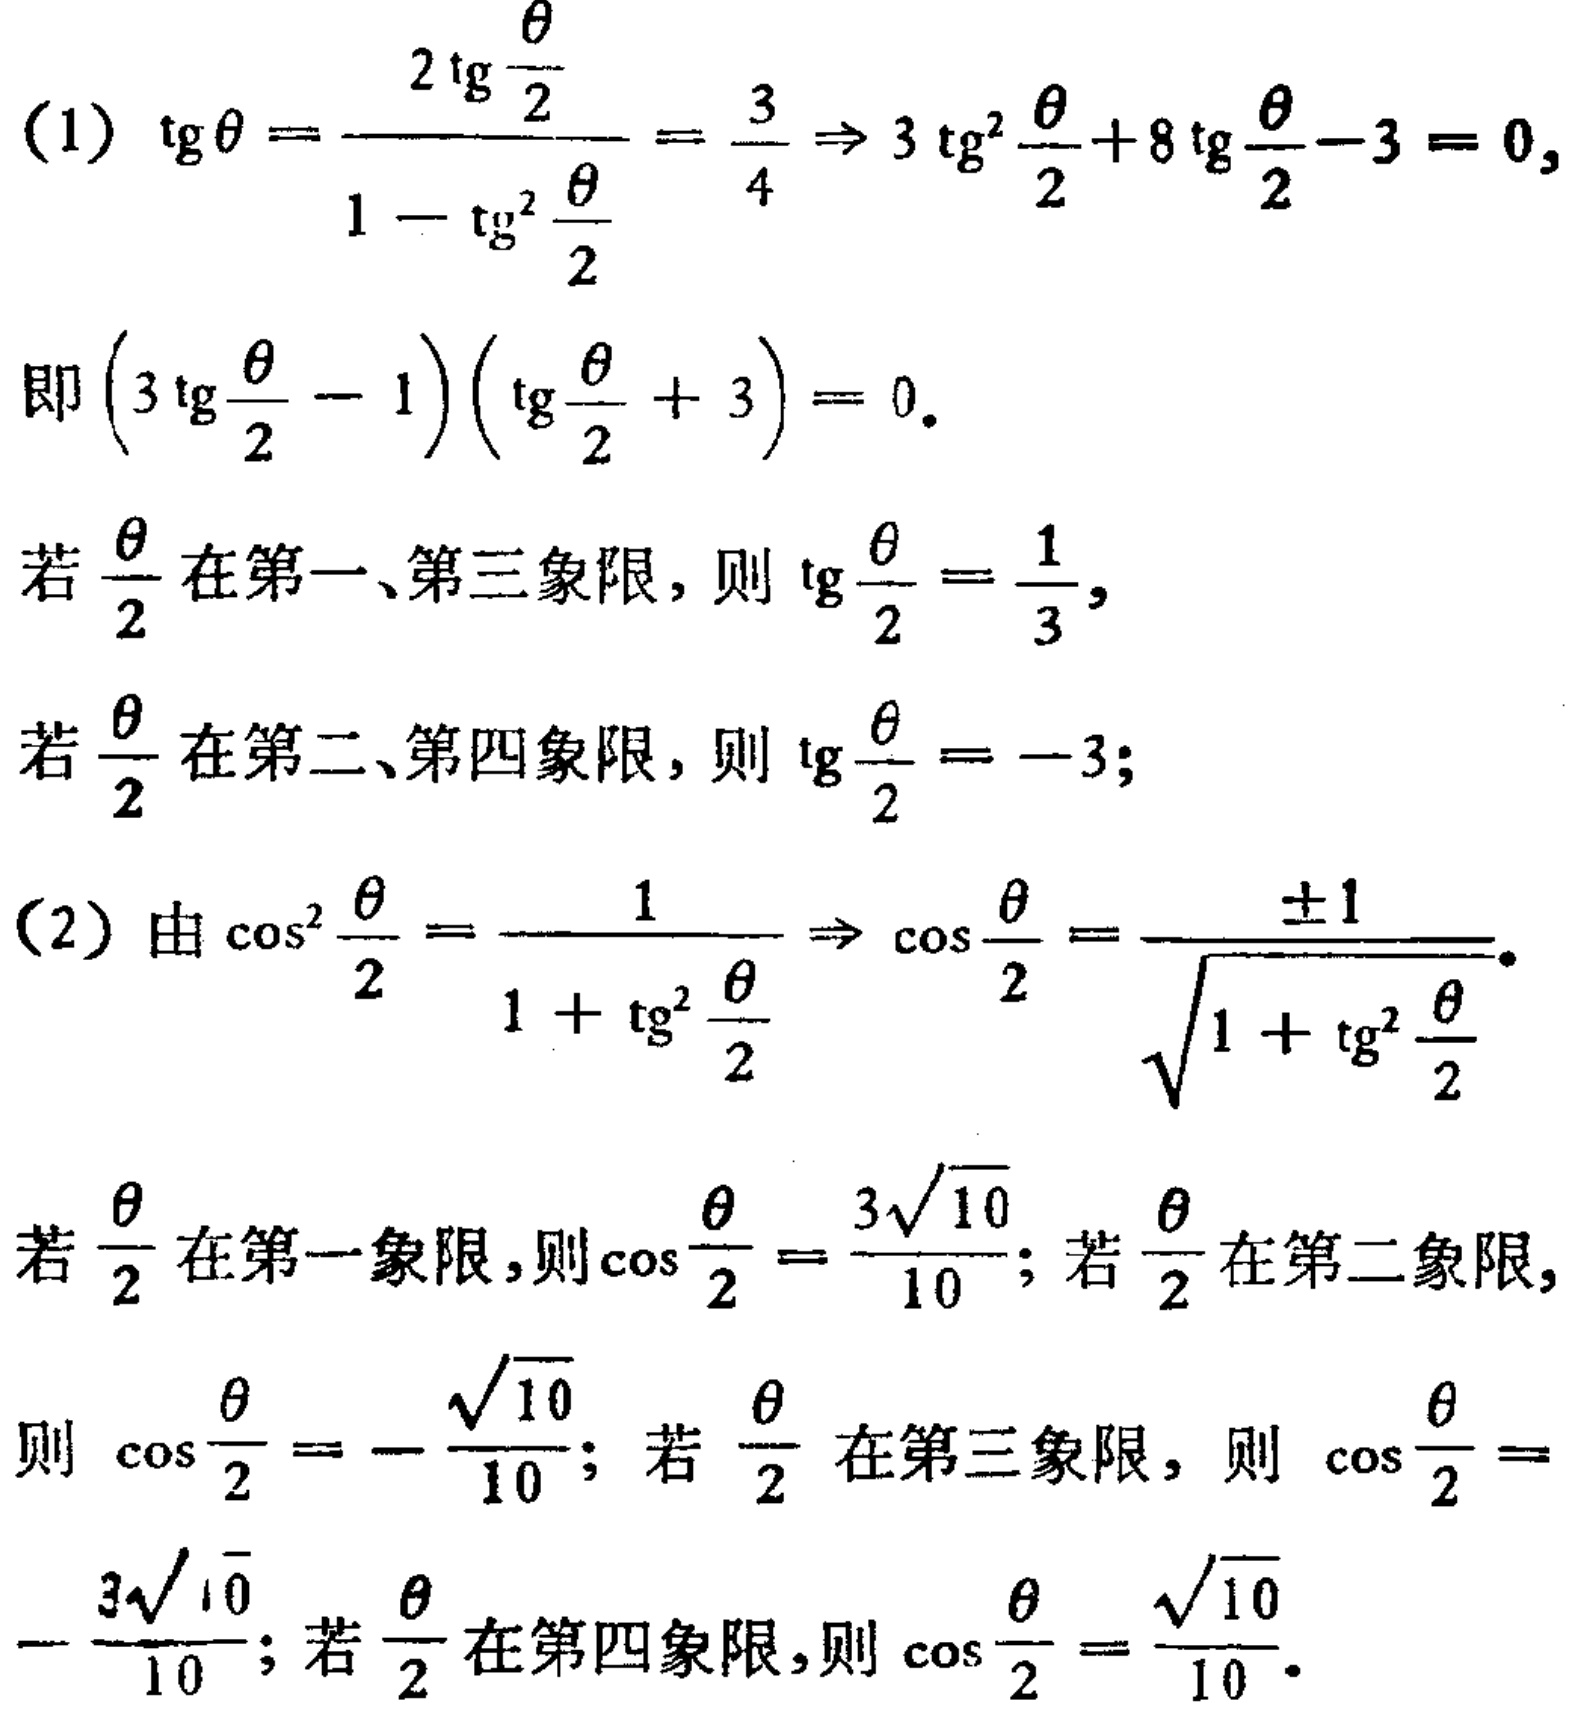
(1) \(\mathrm{tg}\theta=\frac{2\mathrm{tg}\frac{\theta}{2}}{1 - \mathrm{tg}^{2}\frac{\theta}{2}}=\frac{3}{4}\Rightarrow3\mathrm{tg}^{2}\frac{\theta}{2}+8\mathrm{tg}\frac{\theta}{2}-3 = 0\),
即 \((3\mathrm{tg}\frac{\theta}{2}-1)(\mathrm{tg}\frac{\theta}{2}+3)=0\).
若 \(\frac{\theta}{2}\) 在第一、第三象限，则 \(\mathrm{tg}\frac{\theta}{2}=\frac{1}{3}\),
若 \(\frac{\theta}{2}\) 在第二、第四象限，则 \(\mathrm{tg}\frac{\theta}{2}=-3\);
(2) 由 \(\cos^{2}\frac{\theta}{2}=\frac{1}{1 + \mathrm{tg}^{2}\frac{\theta}{2}}\Rightarrow\cos\frac{\theta}{2}=\frac{\pm1}{\sqrt{1 + \mathrm{tg}^{2}\frac{\theta}{2}}}\).
若 \(\frac{\theta}{2}\) 在第一象限，则 \(\cos\frac{\theta}{2}=\frac{3\sqrt{10}}{10}\); 若 \(\frac{\theta}{2}\) 在第二象限,
则 \(\cos\frac{\theta}{2}=-\frac{\sqrt{10}}{10}\); 若 \(\frac{\theta}{2}\) 在第三象限，则 \(\cos\frac{\theta}{2}=-\frac{3\sqrt{10}}{10}\); 若 \(\frac{\theta}{2}\) 在第四象限，则 \(\cos\frac{\theta}{2}=\frac{\sqrt{10}}{10}\).